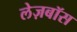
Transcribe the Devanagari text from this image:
लेज़बॉस